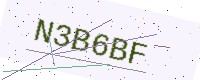
Text: N3B6BF